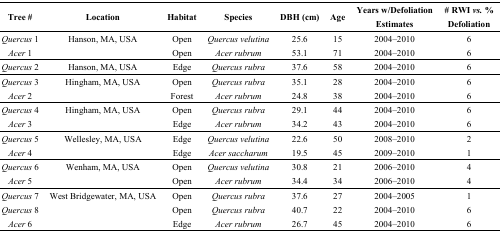
| Tree # | Location | Habitat | Species | DBH (cm) | Age | Years w/Defoliation Estimates | # RWI vs. % Defoliation |
 | --- | --- | --- | --- | --- | --- | --- | --- |
 | Quercus 1 | Hanson, MA, USA | Open | Quercus velutina | 25.6 | 15 | 2004–2010 | 6 |
 | Acer 1 |  | Open | Acer rubrum | 53.1 | 71 | 2004–2010 | 6 |
 | Quercus 2 | Hanson, MA, USA | Edge | Quercus rubra | 37.6 | 58 | 2004–2010 | 6 |
 | Quercus 3 | Hingham, MA, USA | Open | Quercus rubra | 35.1 | 28 | 2004–2010 | 6 |
 | Acer 2 |  | Forest | Acer rubrum | 24.8 | 38 | 2004–2010 | 6 |
 | Quercus 4 | Hingham, MA, USA | Open | Quercus rubra | 29.1 | 44 | 2004–2010 | 6 |
 | Acer 3 |  | Edge | Acer rubrum | 34.2 | 43 | 2004–2010 | 6 |
 | Quercus 5 | Wellesley, MA, USA | Edge | Quercus velutina | 22.6 | 50 | 2008–2010 | 2 |
 | Acer 4 |  | Edge | Acer saccharum | 19.5 | 45 | 2009–2010 | 1 |
 | Quercus 6 | Wenham, MA, USA | Open | Quercus velutina | 30.8 | 21 | 2006–2010 | 4 |
 | Acer 5 |  | Open | Acer rubrum | 34.4 | 34 | 2006–2010 | 4 |
 | Quercus 7 | West Bridgewater, MA, USA | Open | Quercus rubra | 37.6 | 27 | 2004–2005 | 1 |
 | Quercus 8 |  | Open | Quercus rubra | 40.7 | 22 | 2004–2010 | 6 |
 | Acer 6 |  | Edge | Acer rubrum | 26.7 | 45 | 2004–2010 | 6 |